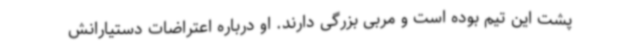
پشت این تیم بوده است و مربی بزرگی دارند. او درباره اعتراضات دستیارانش